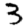
Digit: 3